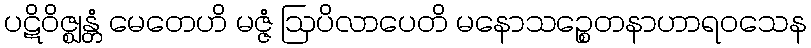
ပဋိဝိဇ္ဈန္တံ မေတေဟိ မဇ္ဇံ ဩပိလာပေတိ မနောသဉ္စေတနာဟာရဝသေန